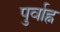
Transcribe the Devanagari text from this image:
पुर्वाह्न